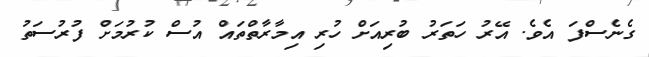
ގެނެސްފަ އެވެ. އޭރު ހަތަރު ބުރިއަށް ހުރި އިމާރާތްތައް އުސް ކުރުމަށް ފުރުސަތު